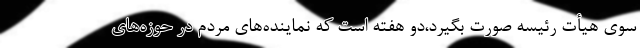
سوی هیأت رئیسه صورت بگیرد،دو هفته است که نماینده‌های مردم در حوزه‌های